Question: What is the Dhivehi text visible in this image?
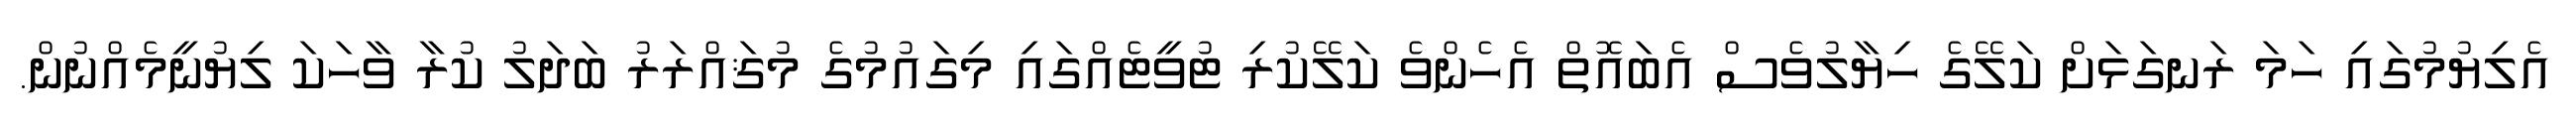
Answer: އެލިޔުމުގައި ހަމަ ރަނގަޅަށް ކަލޭގެ ހިޔާލުވެސް އެބައޮތް އެހެންވެ ކަލޭކުރި ޓުވީޓެއްގައި މިގައުމުގެ މުޤައްރަރު ބަދަލު ކުރާ ވާހަކަ ލިޔުނީމެއްނުން.